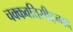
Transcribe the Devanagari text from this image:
चक्कवत्तिसीहनाद